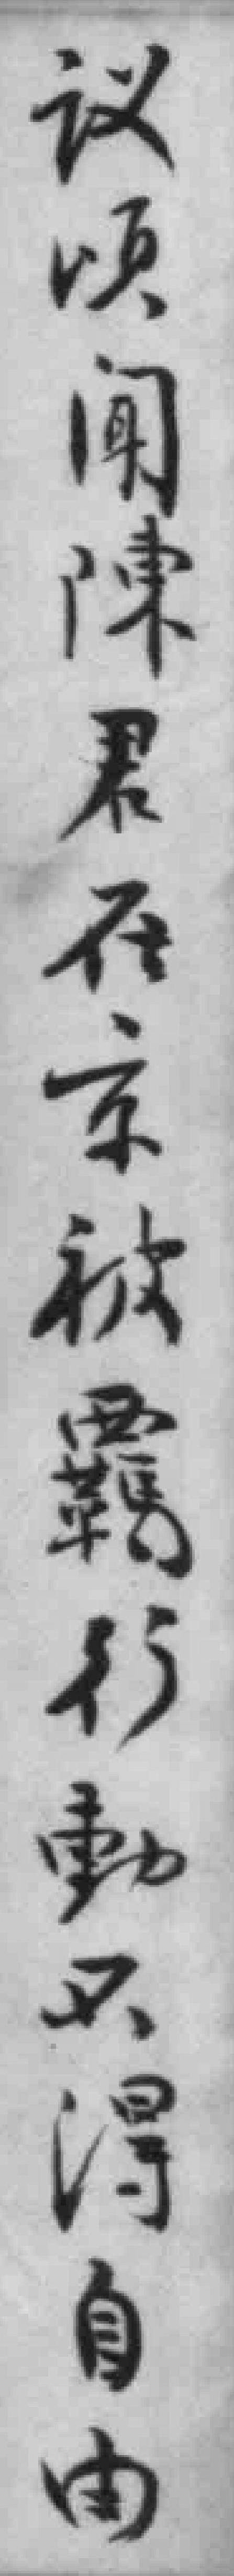
议頃開陳君在京被霸行動只得自由